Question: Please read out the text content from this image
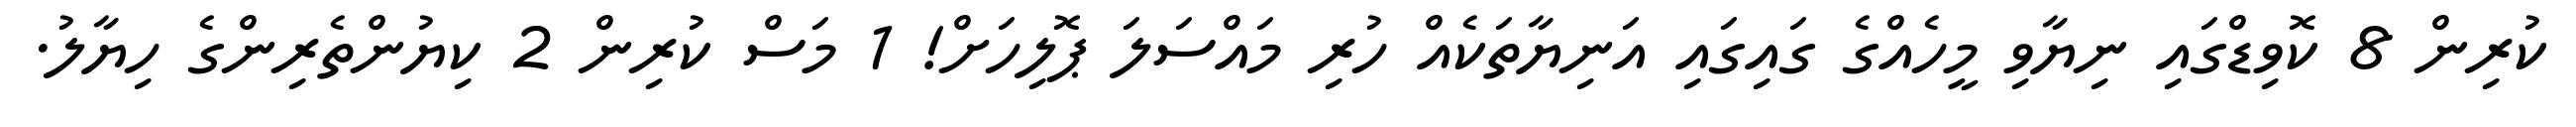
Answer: ކުރިން 8 ކޮވިޑްގައި ނިޔާވި މީހެއްގެ ގައިގައި އަނިޔާތަކެއް ހުރި މައްސަލަ ޕޮލިހަށް! 1 މަސް ކުރިން 2 ކިޔުންތެރިންގެ ހިޔާލު.